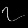
Digit: ၇